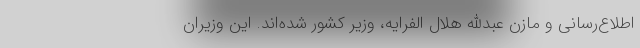
اطلاع‌رسانی و مازن عبدالله هلال الفرایه، وزیر کشور شده‌اند. این وزیران